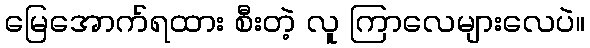
မြေအောက်ရထား စီးတဲ့ လူ ကြာလေများလေပဲ။